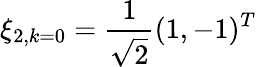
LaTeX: \xi_{2,k=0}=\frac{1}{\sqrt{2}}(1,-1)^{T}